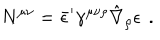
N ^ { \mu \nu } = \bar { \epsilon } ^ { \prime } \gamma ^ { \mu \nu \rho } \hat { \nabla } _ { \rho } \epsilon \, \ .